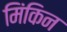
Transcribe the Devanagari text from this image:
मिंकिन